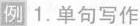
例 1.单句写作